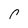
Character: P